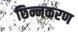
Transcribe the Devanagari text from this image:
छिन्नकरण